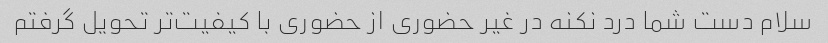
سلام دست شما درد نکنه در غیر حضوری از حضوری با کیفیت‌تر تحویل گرفتم